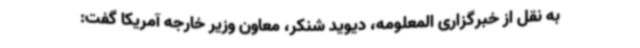
به نقل از خبرگزاری المعلومه، دیوید شنکر، معاون وزیر خارجه آمریکا گفت: